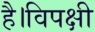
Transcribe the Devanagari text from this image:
है।विपक्षी